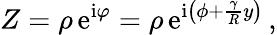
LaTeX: Z=\rho\, \mathrm{e}^{\mathrm{i}\varphi}=\rho\, \mathrm{e}^{\mathrm{i}\left(\phi+{\frac{\gamma}{R}}y\right)}\, ,